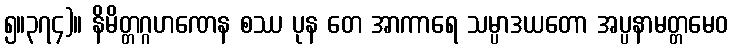
၅။၃၇၄)။ နိမိတ္တဂ္ဂဟဏေန စဿ ပုန တေ အာကာရေ သမ္ပာဒယတော အပ္ပနာမတ္တမေဝ